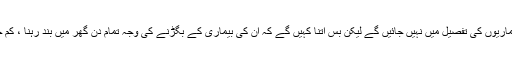
مریضہ کی پرائویسی کا خیال کرتے ہوئے ہم انکی بیماریوں کی تفصیل میں نہیں جائیں گے لیکن بس اتنا کہیں گے کہ ان کی بیماری کے بگڑنے کی وجہ تمام دن گھر میں بند رہنا ، کم چلنا پھرنا اور عام غذا بغیر احتیاط کئے کھانا پینا تھی۔